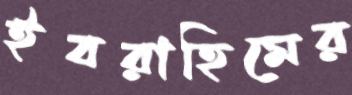
ইবরাহিমের